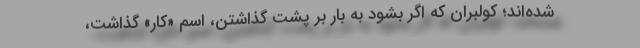
شده‌اند؛ کولبران که اگر بشود به بار بر پشت گذاشتن، اسمِ «کار» گذاشت،